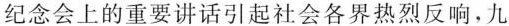
纪念会上的重要讲话引起社会各界热烈反响，九